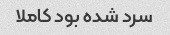
سرد شده بود کاملا